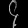
Digit: ၄